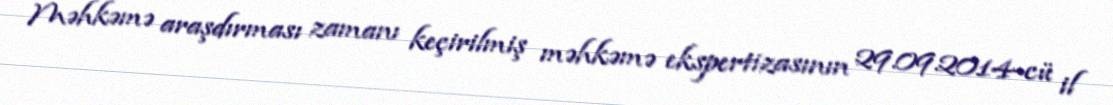
Məhkəmə araşdırması zamanı keçirilmiş məhkəmə ekspertizasının 29.09.2014-cü il